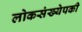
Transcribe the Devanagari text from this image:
लोकसंख्येपकी